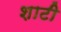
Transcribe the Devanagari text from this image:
शाटी